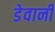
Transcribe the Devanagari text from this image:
डेवानी